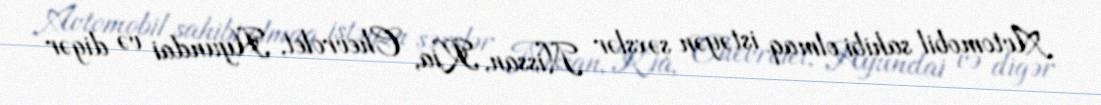
Avtomobil sahibi olmaq istəyən şəxslər Nissan, Kia, Chevrolet, Hyundai və digər